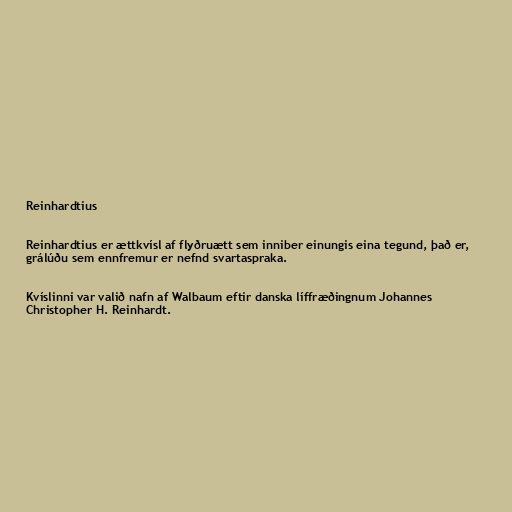
Reinhardtius

Reinhardtius er ættkvísl af flyðruætt sem inniber einungis eina tegund, það er,
grálúðu sem ennfremur er nefnd svartaspraka.

Kvíslinni var valið nafn af Walbaum eftir danska líffræðingnum Johannes
Christopher H. Reinhardt.